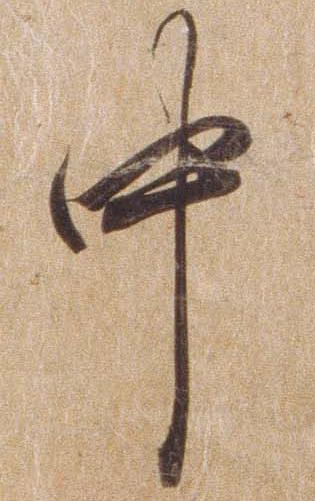
中